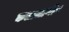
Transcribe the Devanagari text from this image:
कलाजाणीव